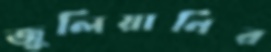
জুলিয়ানির